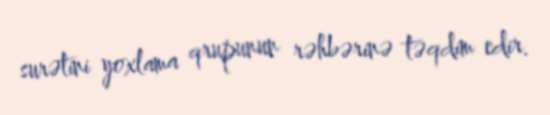
surətini yoxlama qrupunun rəhbərinə təqdim edir.